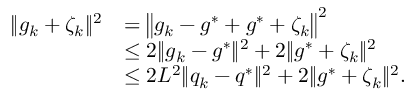
\begin{array} { r l } { \| g _ { k } + \zeta _ { k } \| ^ { 2 } } & { = \big \| g _ { k } - g ^ { * } + g ^ { * } + \zeta _ { k } \big \| ^ { 2 } } \\ & { \leq 2 \| g _ { k } - g ^ { * } \| ^ { 2 } + 2 \| g ^ { * } + \zeta _ { k } \| ^ { 2 } } \\ & { \leq 2 L ^ { 2 } \| q _ { k } - q ^ { * } \| ^ { 2 } + 2 \| g ^ { * } + \zeta _ { k } \| ^ { 2 } . } \end{array}